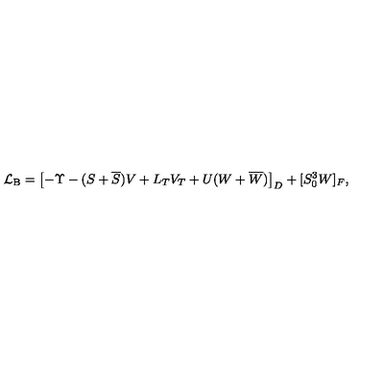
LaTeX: { \cal L } _ { \mathrm { B } } = \left[ - \Upsilon - ( S + \overline { S } ) V + L _ { T } V _ { T } + U ( W + \overline { W } ) \right] _ { D } + [ S _ { 0 } ^ { 3 } W ] _ { F } ,